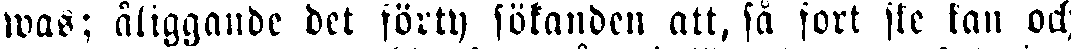
was; åliggande det förty sökanden att, så fort ske kan och